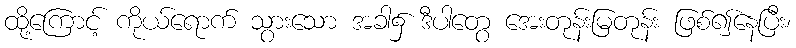
ထို့ကြောင့် ကိုယ်ရောက် သွားသော အခါ၌ ဒီပါတွေ အေးတုန်းမြတုန်း ဖြစ်၍နေပြီး၊